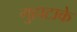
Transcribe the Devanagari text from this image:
गुहाटाके